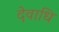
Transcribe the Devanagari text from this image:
देवाधि